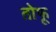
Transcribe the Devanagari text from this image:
तोफू